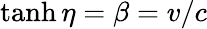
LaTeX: \operatorname{tanh}\eta=\beta=v/c